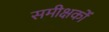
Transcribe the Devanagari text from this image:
समीक्षकोँ